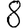
Digit: 8